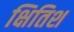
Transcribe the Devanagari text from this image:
क्षितिश